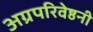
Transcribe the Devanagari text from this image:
अग्रपरिवेष्ठनी